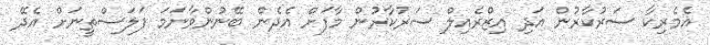
އެމެރިކާ ސަރުކާރުން އަދި އިޒްރެއިލް ސަރުކާރުން މާފަށް އެދެން ބޭނުންވާނަމަ ފަލަސްތީނަށް އެދޭ